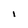
Character: I